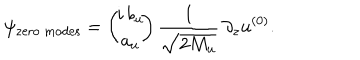
\psi _ { \mathrm { z e r o ~ m o d e s } } = \left( \! \! \begin{array} { c } { { i \, b _ { u } } } \\ { { a _ { u } } } \\ \end{array} \! \! \right) \frac { 1 } { \sqrt { 2 M _ { u } } } \, \partial _ { z } u ^ { ( 0 ) } .